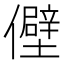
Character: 𫤃